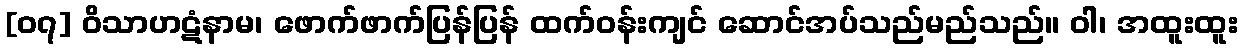
[၀၇] ဝိသာဟဋံနာမ၊ ဖောက်ဖာက်ပြန်ပြန် ထက်ဝန်းကျင် ဆောင်အပ်သည်မည်သည်။ ဝါ၊ အထူးထူး